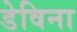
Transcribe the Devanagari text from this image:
डेविना